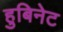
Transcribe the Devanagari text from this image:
हुबिनेट